Civil Veterinary Department Bengal reports 1923-33 - 1923-1933
Year: 1923
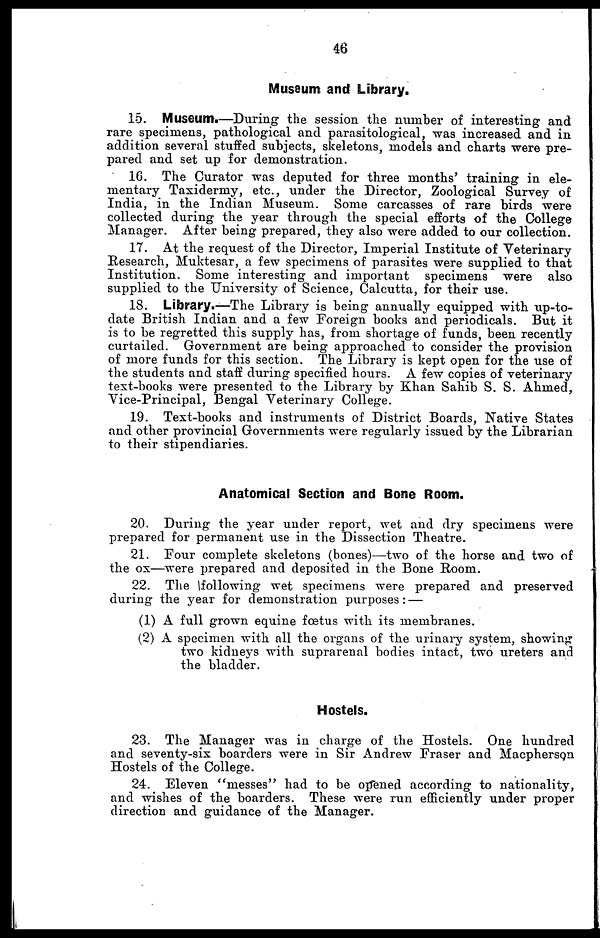
46
Musaum and Library.
15. Museum.—During the session the number of interesting and
rare specimens, pathological and parasitological, was increased and in
addition several stuffed subjects, skeletons, models and charts were pre-
pared and set up for demonstration.
16. The Curator was deputed for three months' training in ele-
mentary Taxidermy, etc., under the Director, Zoological Survey of
India, in the Indian Museum. Some carcasses of rare birds were
collected during the year through the special efforts of the College
Manager. After being prepared, they also were added to our collection.
17. At the request of the Director, Imperial Institute of Veterinary
Research, Muktesar, a few specimens of parasites were supplied to that
Institution. Some interesting and important specimens were also
supplied to the University of Science, Calcutta, for their use.
18. Library.—The Library is being annually equipped with up-to-
date British Indian and a few Foreign books and periodicals. But it
is to be regretted this supply has, from shortage of funds, been recently
curtailed. Government are being approached to consider the provision
of more funds for this section. The Library is kept open for the use of
the students and staff during specified hours. A few copies of veterinary
text-books were presented to the Library by Khan Sahib S. S. Ahmed,
Vice-Principal, Bengal Veterinary College.
19. Text-books and instruments of District Boards, Native States
and other provincial Governments were regularly issued by the Librarian
to their stipendiaries.
Anatomical Section and Bone Room.
20. During the year under report, wet and dry specimens were
prepared for permanent use in the Dissection Theatre.
21. Four complete skeletons (bones)—two of the horse and two of
the ox—were prepared and deposited in the Bone Room.
22. The following wet specimens were prepared and preserved
during the year for demonstration purposes:—
(1) A full grown equine foetus with its membranes.
(2) A specimen with all the organs of the urinary system, showing
two kidneys with suprarenal bodies intact, two ureters and
the bladder.
Hostels.
23. The Manager was in charge of the Hostels. One hundred
and seventy-six boarders were in Sir Andrew Fraser and Macpherson
Hostels of the College.
24. Eleven "messes" had to be opened according to nationality,
and wishes of the boarders. These were run efficiently under proper
direction and guidance of the Manager.